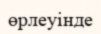
өрлеуінде